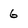
Character: 6